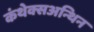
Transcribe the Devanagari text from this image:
कंथेक्सअन्थिन